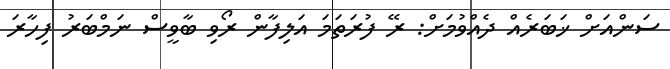
ސަންއަށް ޚަބަރެއް ދެއްވުމަށް: ރޭ ފުރަތަމަ އަލިފާން ރޯވި ބާވީސް ނަމްބަރު ފިހާރަ